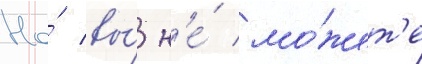
Но́ вы́ н'е́ мо́жет'е